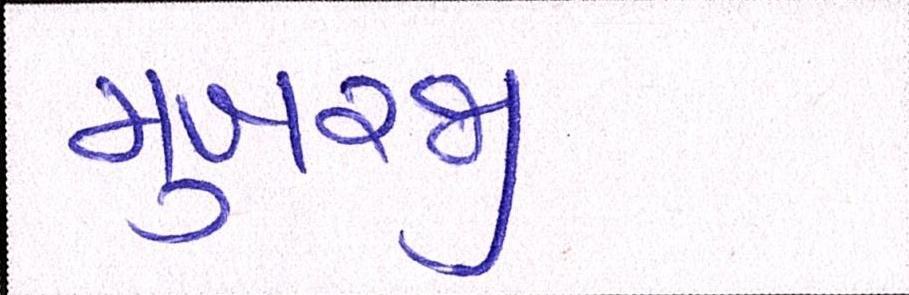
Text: મુખરજી